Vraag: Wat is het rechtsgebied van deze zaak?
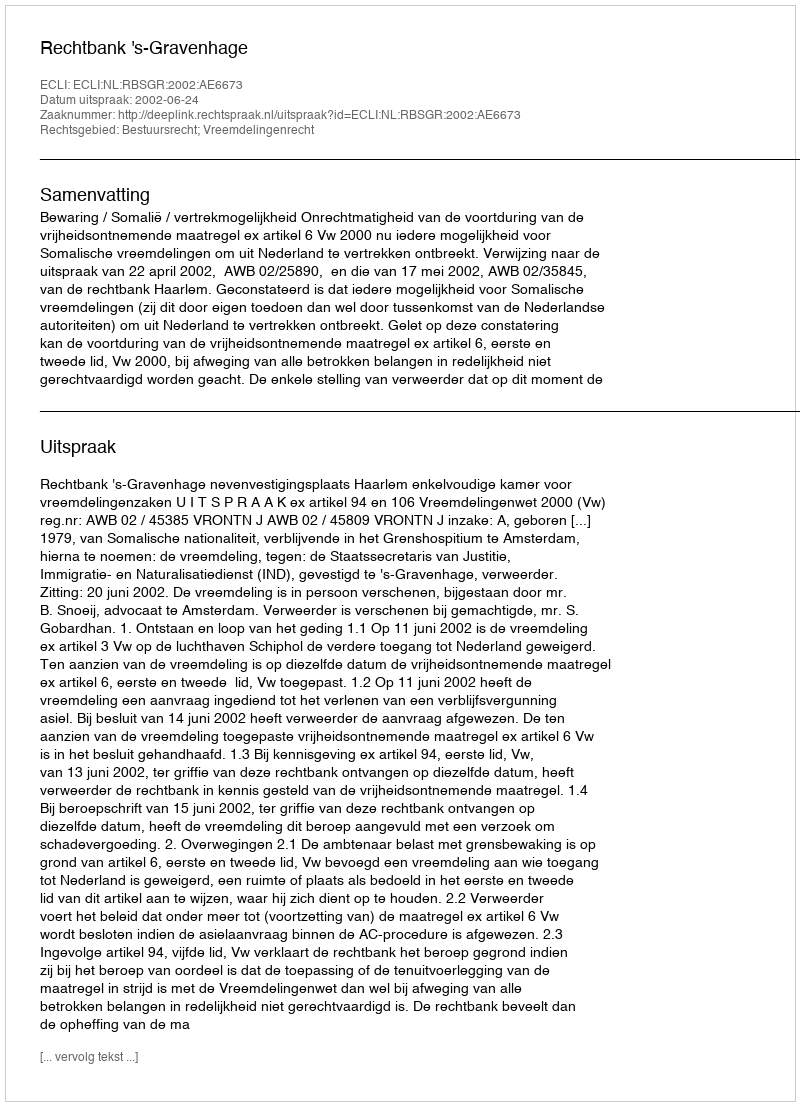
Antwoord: Bestuursrecht; Vreemdelingenrecht